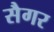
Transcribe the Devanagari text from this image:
सैगर